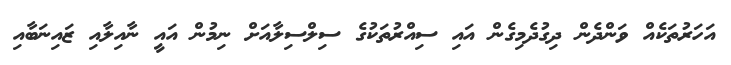
އަހަރުތަކެއް ވަންދެން ދިގުދެމިގެން އައި ސިއްރުތަކުގެ ސިލްސިލާއަށް ނިމުން އައީ ނާއިލާއި ޒައިނަބާއި